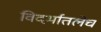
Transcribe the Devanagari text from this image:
विदर्भातलेच